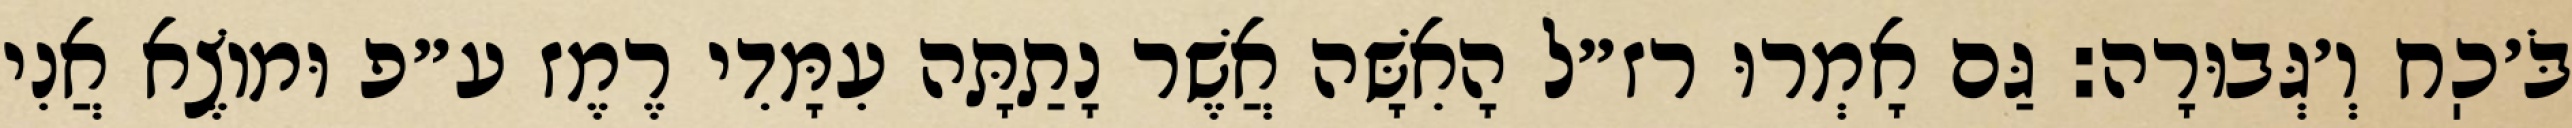
בֹּ׳כֽח וְ׳גְּבוּרָה: גַּם אָמְרוּ רז״ל הָאִשָּׁה אֲשֶׁר נָתַתָּה עִמָּדִי רֶמֶז ע״פ וּמוֹצֶא אֲנִי